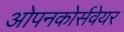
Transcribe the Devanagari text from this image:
ओपनकोर्सवेयर